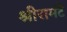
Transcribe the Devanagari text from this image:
श्रीरामंटे